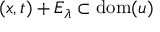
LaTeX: ( x , t ) + E _ { \lambda } \subset \mathrm { d o m } ( u )